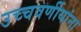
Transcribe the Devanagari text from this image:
उच्चवर्णीयांना